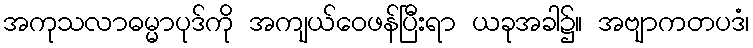
အကုသလာဓမ္မာပုဒ်ကို အကျယ်ဝေဖန်ပြီးရာ ယခုအခါ၌။ အဗျာကတပဒံ၊